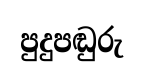
පුදුපඬුරු